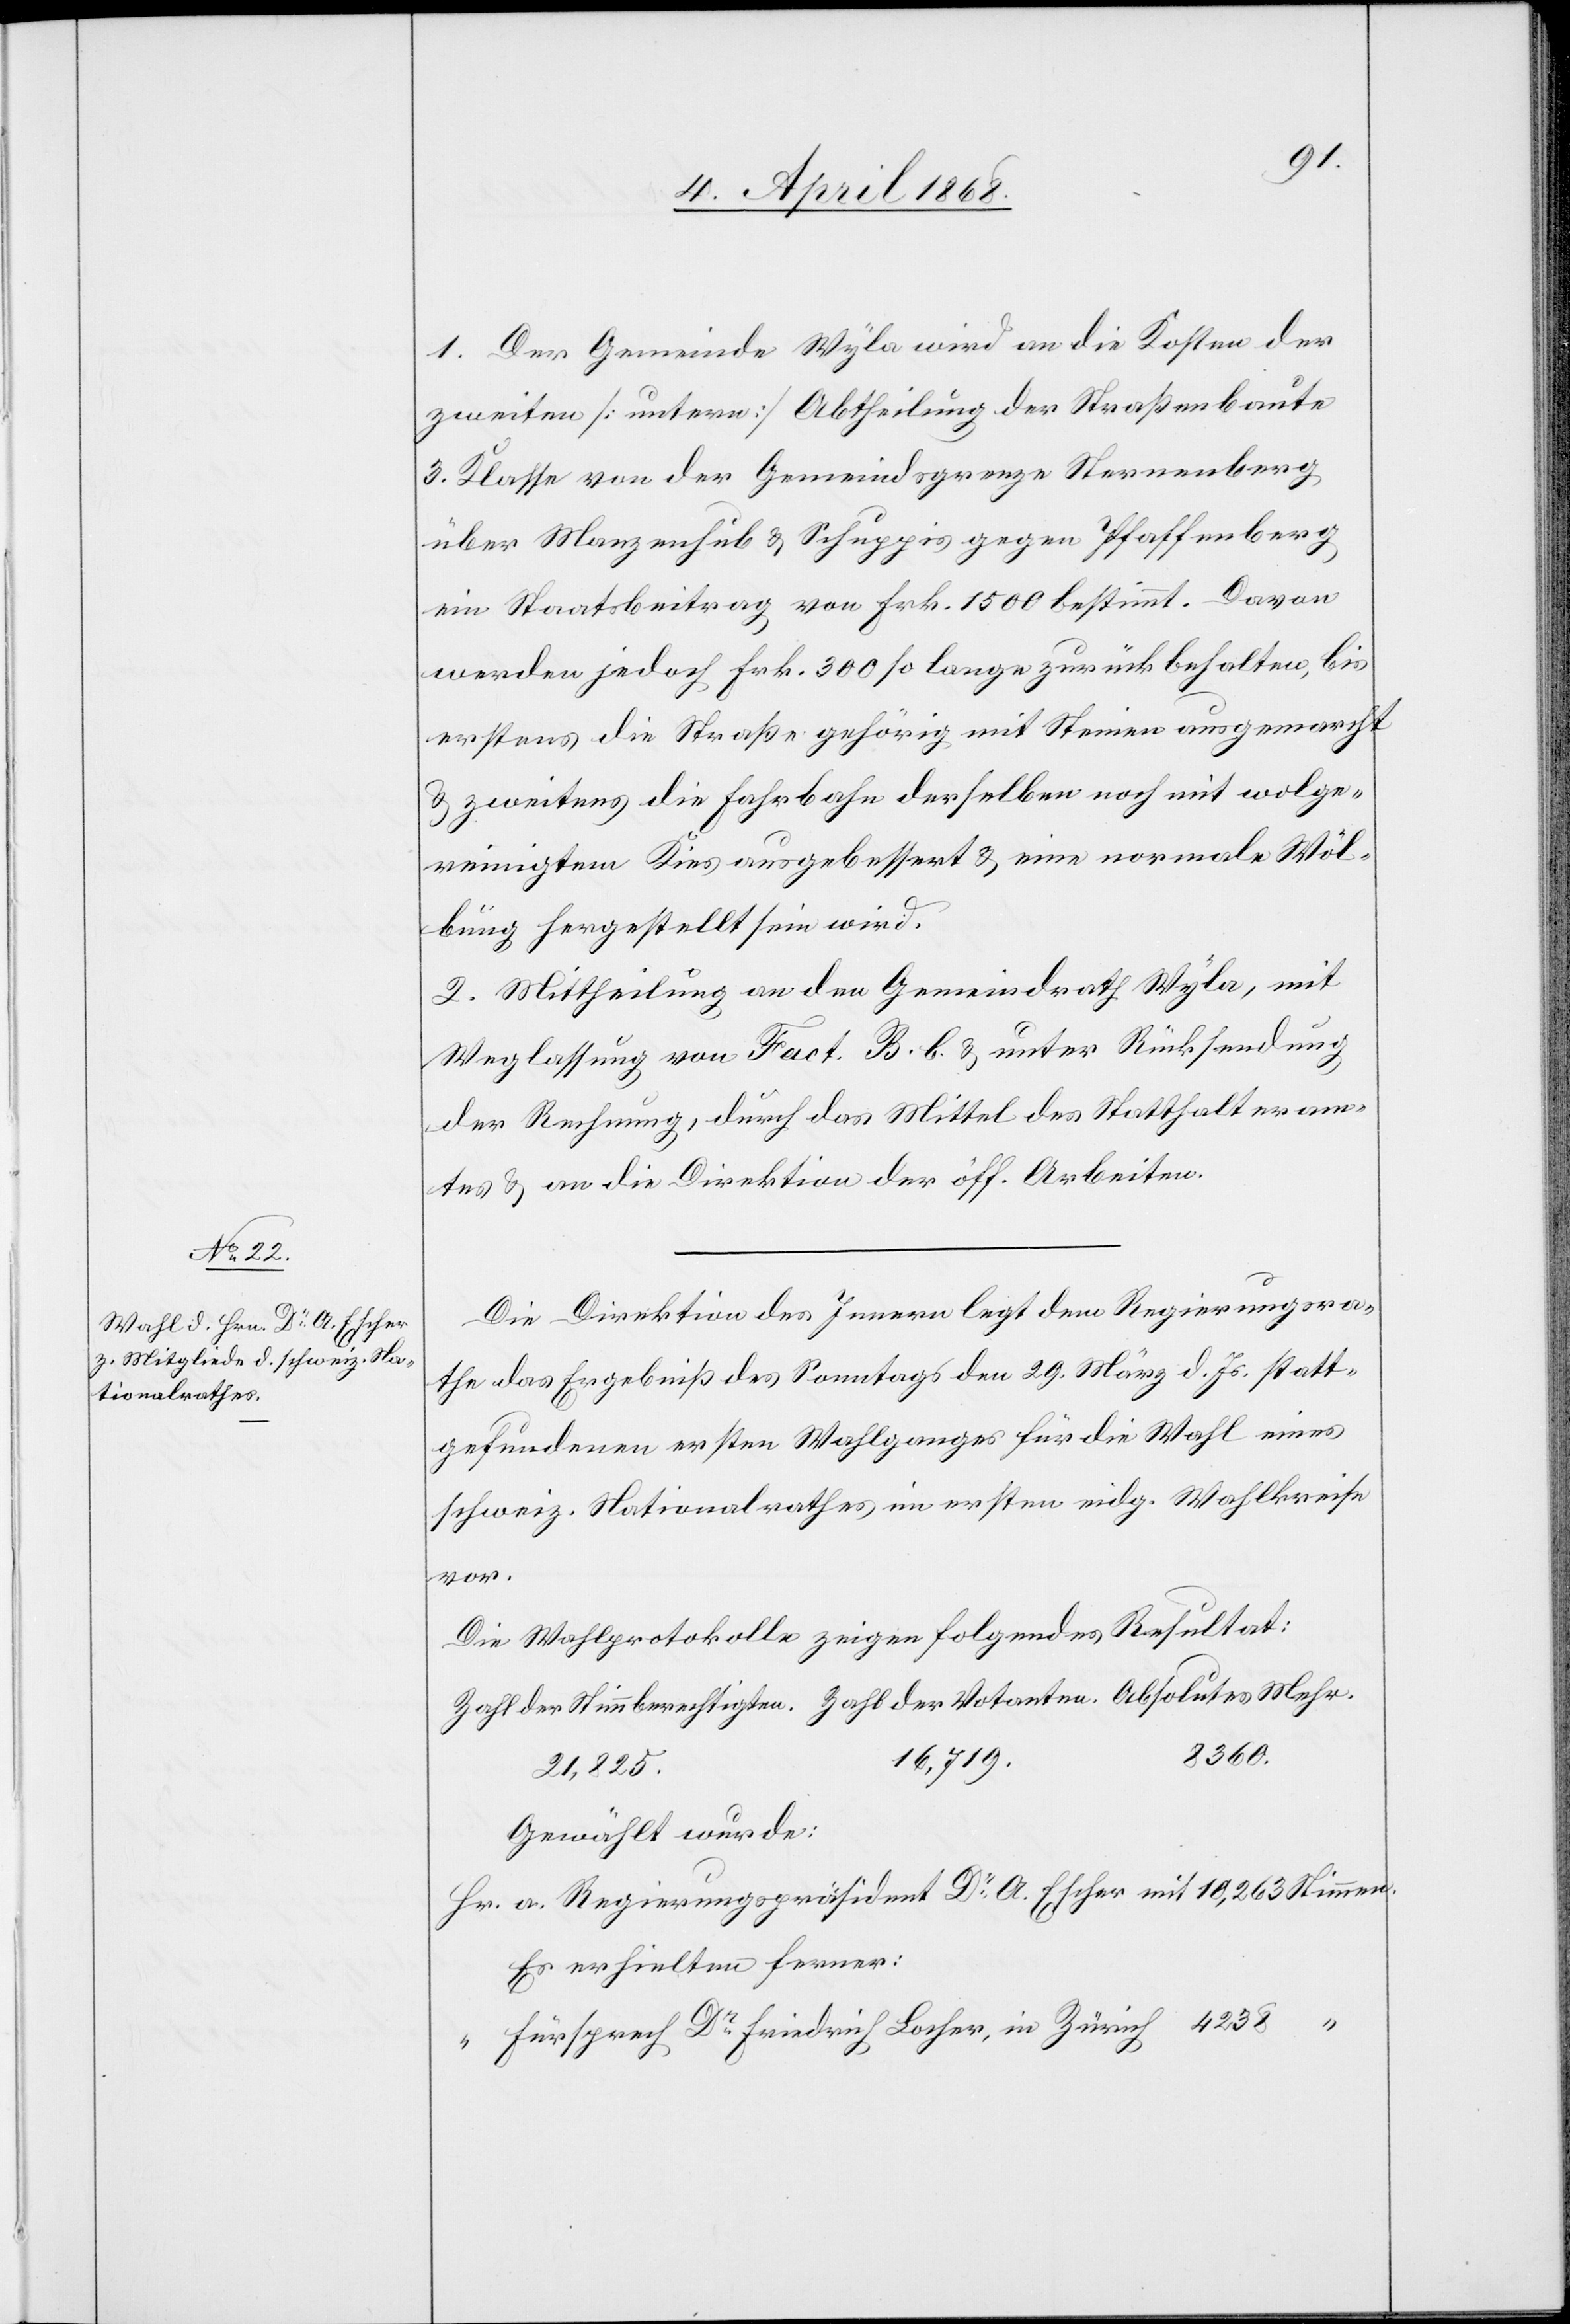
1. Der Gemeinde Wyla wird an die Kosten der
zweiten [untern] Abtheilung der Straßenbaute
3. Klasse von der Gemeindsgrenze Sternenberg
über Manzenhub & Schuppis gegen Pfaffenberg
ein Staatsbeitrag von Frk. 1500 bestimmt. Davon
werden jedoch Frk. 300 so lange zurück behalten, bis
erstens die Straße gehörig mit Steinen ausgemarcht
& zweitens die Fahrbahn derselben noch mit wolge¬
reinigtem Kies ausgebessert & eine normale Wöl¬
bung hergestellt sein wird.
2. Mittheilung an den Gemeindrath Wyla, mit
Weglassung von Fact. B. b. & unter Rücksendung
der Rechnung, durch das Mittel des Statthalteram¬
tes & an die Direktion der öff. Arbeiten.
Die Direktion des Innern legt dem Regierungsra¬
the das Ergebniß des Sonntags den 29. März d. Js. statt¬
gefundenen ersten Wahlganges für die Wahl eines
schweiz. Nationalrathes im ersten eidg. Wahlkreise
Dr.
Die Wahlprotokolle zeigen folgendes Resultat:
8360.
16,719.
21,825.
Gewählt wurde:
Es erhielten ferner:
Fürsprech Dr. Friedrich Locher, in Zürich